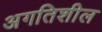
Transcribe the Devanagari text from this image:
अगतिशील